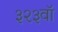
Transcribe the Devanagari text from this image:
३२३वॉ